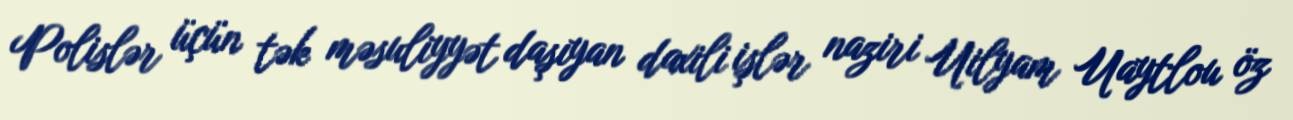
Polislər üçün tək məsuliyyət daşıyan daxili işlər naziri Uilyam Uaytlou öz